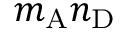
m _ { \mathrm { A } } n _ { \mathrm { D } }